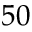
5 0